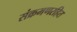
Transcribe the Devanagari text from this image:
संक्रमणरहित